King Institute of Preventive Medicine Micro-Biological Section reports 1912-19
Year: 1912
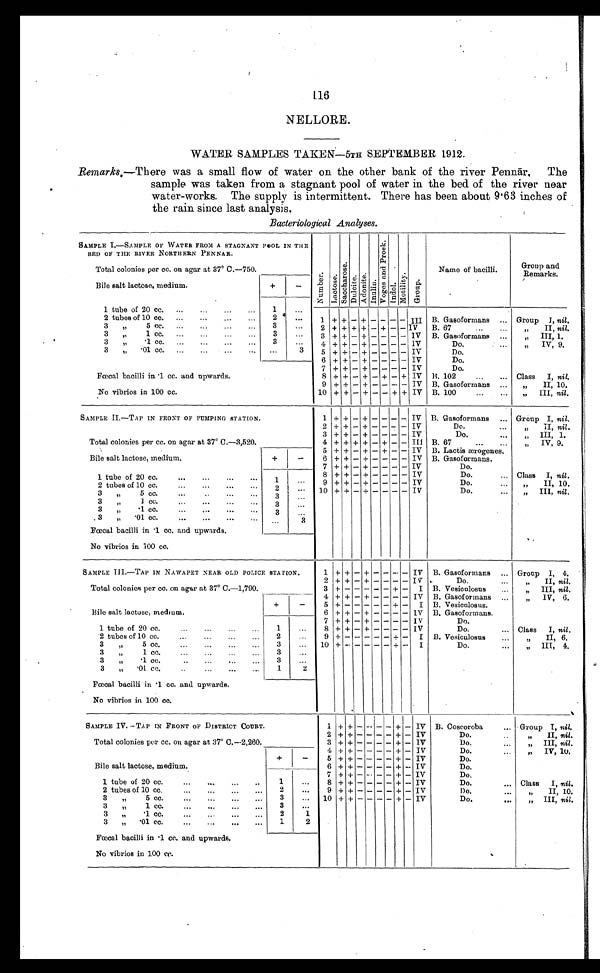
116
NELLORE.
WATER SAMPLES TAKEN—5TH SEPTEMBER 1912.
Remarks.—There was a small flow of water on the other bank of the river Pennār. The
sample was taken from a stagnant pool of water in the bed. of the river near
water-works. The supply is intermittent. There has been about 9.63 inches of
the rain since last analysis.
Bacteriological Analyses.
SAMPLE I.—SAMPLE OF WATER FROM A STAGNANT POOL IN THE
BED OF THE RIVER NORTHERN PENNAR.
N u m b e r .
L a c t o s e .
S a c c h a r o s e . D u l c i t e .
A d o n i t e .
I n u l i n .
V o g e s a n d P r o s k .
I n d o l .
M o t i l i t y .
Gr oup.
Name of bacilli.
Group and
Remarks.
Total colonies per cc. on agar at 37° C.—750.
Bile salt lactose, medium.
+
-
1 tube of 20 cc. ...
...
...
. . .
1
. . .
2 tubes of 10 cc. ...
...
...
...
2
...
1 + + - + - - - - III B. Gasoformans ... Group I, nil.
3
„
5 cc. ...
...
...
...
3
...
2 + + + + - + - - IV B. 67
...
„
II, nil,
3
„ 1 cc. ... ... ...
3
...
3 + + - + - - - - IV B. Gasoformans ...
,, III, 1.
3
„ .1 cc. ... ... ...
3
...
4 + + - + - - - - IV
Do,
...
„
IV, 9.
3
„
.01 cc. ... ...
...
3
5 + + - + - - - - IV
Do.
Fœcal bacilli in .1 cc. and upwards.
6 + + - + - - - - IV
Do.
7 + + - + - - - - IV
Do.
8 + + - + - + - + IV B. 102
...
... Class I, nil.
9 + + - + - - - - IV B. Gasoformans ...
„
II, 10.
No vibrios in 100 cc.
1 0 + + - + - - + + IV B. 100
...
...
„ III, nil.
SAMPLE II.—TAP IN FRONT OF PUMPING STATION.
1 + + - + - - - -
IV B. Gasoformans ... Group I, nil.
2 + + - + - - - - IV
Do.
...
„
II, nil.
Total colonies per cc. on agar at 37° C.—3,520.
3 + + - + - - - - IV
Do,
...
„
III, 1.
4 + + + + - + - - III B. 67
...
„
IV, 9.
5 + + - + - + - - IV B. Lactis ærogenes.
Bile salt lactose, medium.
+
-
6 + + - + - - - - IV B. Gasoformans.
1 tube of 20 cc.
...
...
...
...
1
...
7 + + - + - - - - IV
Do.
8 + +
- + - - - - IV
Do.
... Class I, nil.
2 tubes of 10 cc.
...
...
. . .
2 ...
9 + +
- + - - - - IV
Do.
...
„
II, 10.
3
„ 5 cc.
... ...
3 ...
1 0 + +
- + - - - - IV
Do.
...
„ III, nil.
3 „ 1 c c .
. . .
3
...
3
„ .1 cc. ... ...
3
...
3
„
.01
cc.
...
...
...
..
...
3
Fœcal bacilli in .1 cc. and upwards.
No vibrios in 100 cc.
SAMPLE III.—TAP IN NAWAPET NEAR OLD POLICE STATION.
1 + +
- + - - -
IV B. Gasoformans ... Group I, 4.
2 + +
- + - - - - IV
Do.
...
„
II, nil.
Total colonies per cc. on agar at 37° C.—1,790.
3 + - - + - - + - I B. Vesiculosus
...
„ III, nil.
4 + + - - - - - - IV B. Gasoformans ..
„
II 6.
Bile salt lactose, medium.
+
-
5 + - - + - - + - I B. Vesiculosus.
6 + + - + - - - - IV B. Gasoformans.
1 tube of 20 cc.
...
...
...
...
1
...
7 + + -
+ -
- - - IV
Do.
8 + + - + - - - - IV
Do.
... Class I, nil.
2 tubes of 10 cc.
...
...
...
2
...
9 + - - - - - + - I B. Vesiculosus
...
„
II, 6.
3
„ 5 cc. ... ... ... ...
3
...
1 0
+ - - - - - + - I
Do.
...
„
III 4.
3
„ 1 cc. ... ... ... ...
3
...
3
„ .1 cc. ...
3
...
3
„
. 0 1 c c
. . . .
1
2
Fœcal bacilli in .1 cc. and upwards.
No vibrios in 100 cc.
SAMPLE IV.—TAP IN FRONT OF DISTR ĪCT COURT.
1
+ + - - - - + - IV B. Coscoroba
... Group I, nil.
2
+ + - - - - + - IV
Do.
...
„
II, nil.
Total colonies per cc. on agar at 37° C.—2,260.
3 + + - - - - + - IV
Do.
...
,, III, nil.
4 + + - - - - + - IV
Do.
...
„
IV, 10.
Bile salt lactose, medium.
+
-
5
+ + - - - - + - IV
Do.
6 + + - - - - + - IV
Do.
1 tube of 20 cc. ... ... ..
1
...
7 + + - - - - + - IV
Do.
8 + + - - - - + - IV
Do.
... Class I, nil. .
2 tubes of 10 cc.
... ... ...
2
...
9 + + - - - - + - IV
Do.
...
„
II, 10.
3 „ 5 c c .
. . .
. . .
. . .
. . . 3
...
1 0 + + - - - - + - IV
Do.
..,,.
„
III, nil.
3
„
1 cc.
...
...
...
...
3
...
3 ,,
.1 cc. ... ... ... ...
2
1
3
„
.01 cc. ... .,. ... ...
1
2
Fœcal bacilli in .1 cc. and upwards.
No vibrios in 100 cc.